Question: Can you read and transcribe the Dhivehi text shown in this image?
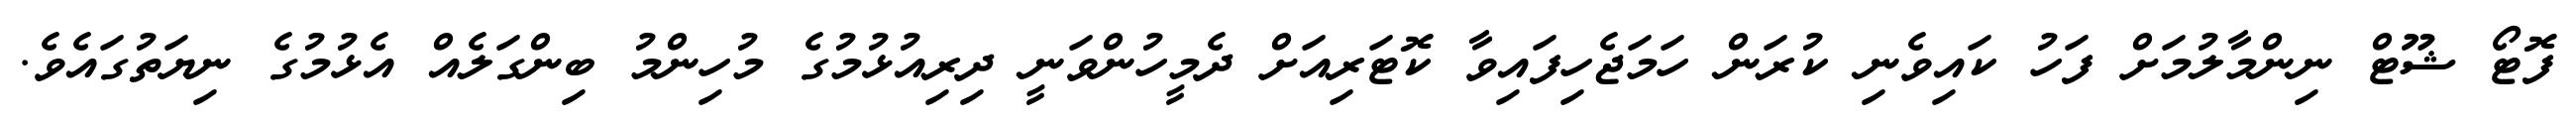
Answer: ފޮޓޯ ޝޫޓް ނިންމާލުމަށް ފަހު ކައިވެނި ކުރަން ހަމަޖެހިފައިވާ ކޮޓަރިއަށް ދެމީހުންވަނީ ދިރިއުޅުމުގެ މުހިންމު ބިންގަލެއް އެޅުމުގެ ނިޔަތުގައެވެ.